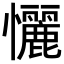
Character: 𢥬